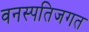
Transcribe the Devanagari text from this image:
वनस्पतिजगत